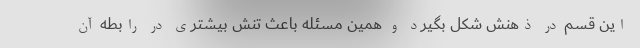
این قسم در ذهنش شکل بگیرد و همین مسئله باعث تنش بیشتری در رابطه آن